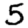
Digit: 5